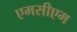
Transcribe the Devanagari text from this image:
एमसीएम